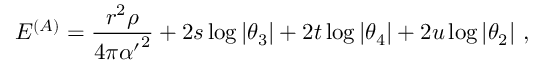
{ { \cal E } } ^ { ( A ) } = { \frac { r ^ { 2 } \rho } { 4 \pi { \alpha ^ { \prime } } ^ { 2 } } } + 2 s \log \vert \theta _ { 3 } \vert + 2 t \log \vert \theta _ { 4 } \vert + 2 u \log \vert \theta _ { 2 } \vert \ ,